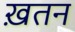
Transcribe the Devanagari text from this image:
ख़तन